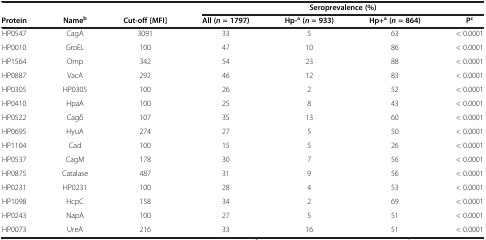
<table><thead><tr><td><b> </b></td><td><b> </b></td><td><b> </b></td><td colspan="4"><b>Seroprevalence (%)</b></td></tr><tr><td><b>Protein</b></td><td><b>Name<sup>b</sup></b></td><td><b>Cut-off [MFI]</b></td><td><b>All (<i>n</i>= 1797)</b></td><td><b>Hp-<sup>a</sup>(<i>n</i>= 933)</b></td><td><b>Hp+<sup>a</sup>(<i>n</i>= 864)</b></td><td><b>P<sup>c</sup></b></td></tr></thead><tbody><tr><td>HP0547</td><td>CagA</td><td>3091</td><td>33</td><td>5</td><td>63</td><td>&lt; 0.0001</td></tr><tr><td>HP0010</td><td>GroEL</td><td>100</td><td>47</td><td>10</td><td>86</td><td>&lt; 0.0001</td></tr><tr><td>HP1564</td><td>Omp</td><td>342</td><td>54</td><td>23</td><td>88</td><td>&lt; 0.0001</td></tr><tr><td>HP0887</td><td>VacA</td><td>292</td><td>46</td><td>12</td><td>83</td><td>&lt; 0.0001</td></tr><tr><td>HP0305</td><td>HP0305</td><td>100</td><td>26</td><td>2</td><td>52</td><td>&lt; 0.0001</td></tr><tr><td>HP0410</td><td>HpaA</td><td>100</td><td>25</td><td>8</td><td>43</td><td>&lt; 0.0001</td></tr><tr><td>HP0522</td><td>Cagδ</td><td>107</td><td>35</td><td>13</td><td>60</td><td>&lt; 0.0001</td></tr><tr><td>HP0695</td><td>HyuA</td><td>274</td><td>27</td><td>5</td><td>50</td><td>&lt; 0.0001</td></tr><tr><td>HP1104</td><td>Cad</td><td>100</td><td>15</td><td>5</td><td>26</td><td>&lt; 0.0001</td></tr><tr><td>HP0537</td><td>CagM</td><td>178</td><td>30</td><td>7</td><td>56</td><td>&lt; 0.0001</td></tr><tr><td>HP0875</td><td>Catalase</td><td>487</td><td>31</td><td>9</td><td>56</td><td>&lt; 0.0001</td></tr><tr><td>HP0231</td><td>HP0231</td><td>100</td><td>28</td><td>4</td><td>53</td><td>&lt; 0.0001</td></tr><tr><td>HP1098</td><td>HcpC</td><td>158</td><td>34</td><td>2</td><td>69</td><td>&lt; 0.0001</td></tr><tr><td>HP0243</td><td>NapA</td><td>100</td><td>27</td><td>5</td><td>51</td><td>&lt; 0.0001</td></tr><tr><td>HP0073</td><td>UreA</td><td>216</td><td>33</td><td>16</td><td>51</td><td>&lt; 0.0001</td></tr></tbody></table>